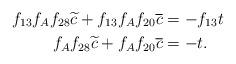
LaTeX: \begin{align*}f_{13}f_Af_{28}\widetilde{c} + f_{13}f_Af_{20}\overline{c} &= -f_{13}t \\f_Af_{28}\widetilde{c} + f_Af_{20}\overline{c} &= -t. \end{align*}